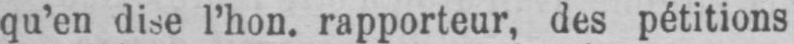
qu’en dise l’hon. rapporteur, des pétitions